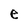
Character: e